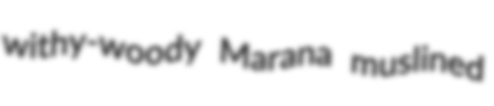
withy-woody Marana muslined